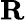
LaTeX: \textbf{R}